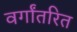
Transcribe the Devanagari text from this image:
वर्गांतरित